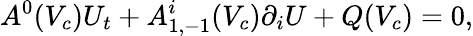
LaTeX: A^{0}(V_{c})U_{t}+A_{1,-1}^{i}(V_{c})\partial_{i}U+Q(V_{c})=0,